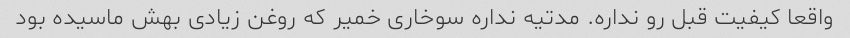
واقعا کیفیت قبل رو نداره. مدتیه نداره سوخاری خمیر که روغن زیادی بهش ماسیده بود